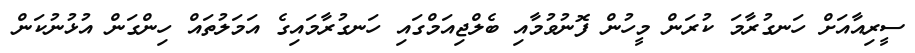
ސީރިއާއަށް ހަނގުރާމަ ކުރަން މީހުން ފޮނުވުމާއި ބެލްޖިއަމްގައި ހަނގުރާމައިގެ އަމަލުތައް ހިންގަން އުޅުނުކަން